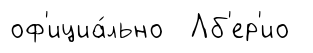
оф'ициа́льно Лб'ер'ио